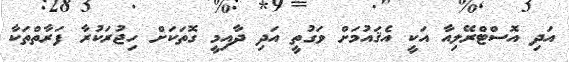
އަދި އޮސްޓްރޭލިއާ އަކީ އެޤައުމަށް ވަގުތީ އަދި ދާއިމީ ގޮތަކަށް ހިޖުރަކުރާ ފަރާތްތަކާ